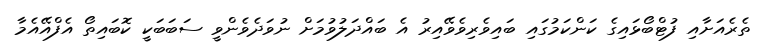
ތެރެއަށާއި ފުޓްބޯޅައިގެ ކަންކަމުގައި ބައިވެރިވެވޭއިރު އެ ބައްދަލުވުމަށް ނުވަދެވެންވީ ސަބަބަކީ ކޮބައިތޯ އެފްއޭއެމާ